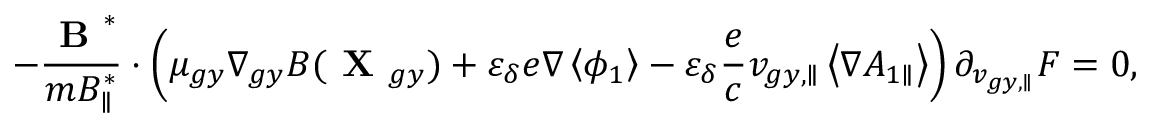
- \frac { \textbf { B } ^ { * } } { m { B } _ { \parallel } ^ { * } } \boldsymbol { \cdot } \left( \mu _ { g y } \nabla _ { g y } B ( \textbf { X } _ { g y } ) + \varepsilon _ { \delta } e \nabla \left\langle \phi _ { 1 } \right\rangle - \varepsilon _ { \delta } \frac { e } { c } v _ { g y , \parallel } \left\langle \nabla { A } _ { 1 \parallel } \right\rangle \right) \partial _ { v _ { g y , \parallel } } F = 0 ,